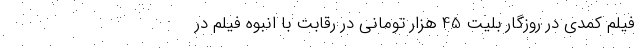
فیلم کمدی در روز‌گار بلیت 45 هزار تومانی در رقابت با انبوه فیلم در